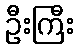
ဦးကြီး